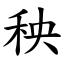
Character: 秧